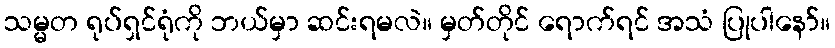
သမ္မတ ရုပ်ရှင်ရုံကို ဘယ်မှာ ဆင်းရမလဲ။ မှတ်တိုင် ရောက်ရင် အသံ ပြုပါနော်။